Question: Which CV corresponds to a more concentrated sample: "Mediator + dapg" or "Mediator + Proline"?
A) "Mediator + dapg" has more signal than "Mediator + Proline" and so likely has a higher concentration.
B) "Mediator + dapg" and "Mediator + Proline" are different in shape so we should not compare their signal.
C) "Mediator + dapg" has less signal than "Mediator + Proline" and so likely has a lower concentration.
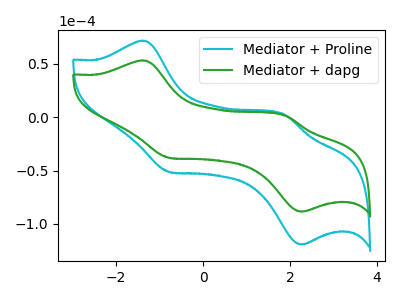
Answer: <think>The cyan curve "Mediator + Proline" has anodic peaks at (-1.40V, 71.65uA) (1.90V, 1.95uA) and cathodic peaks at (-0.75V, -51.35uA) (2.25V, -119.30uA). The green curve "Mediator + dapg" has anodic peaks at (-1.40V, 53.15uA) (1.90V, 1.45uA) and cathodic peaks at (-0.75V, -38.10uA) (2.25V, -88.55uA).
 All the peaks in "Mediator + dapg" have a peak in "Mediator + Proline" at the same potential. Every peak in "Mediator + dapg" is lower than every peak in "Mediator + Proline".</think>
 <answer>C) "Mediator + dapg" has less signal than "Mediator + Proline" and so likely has a lower concentration.</answer>
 <eval>C</eval>